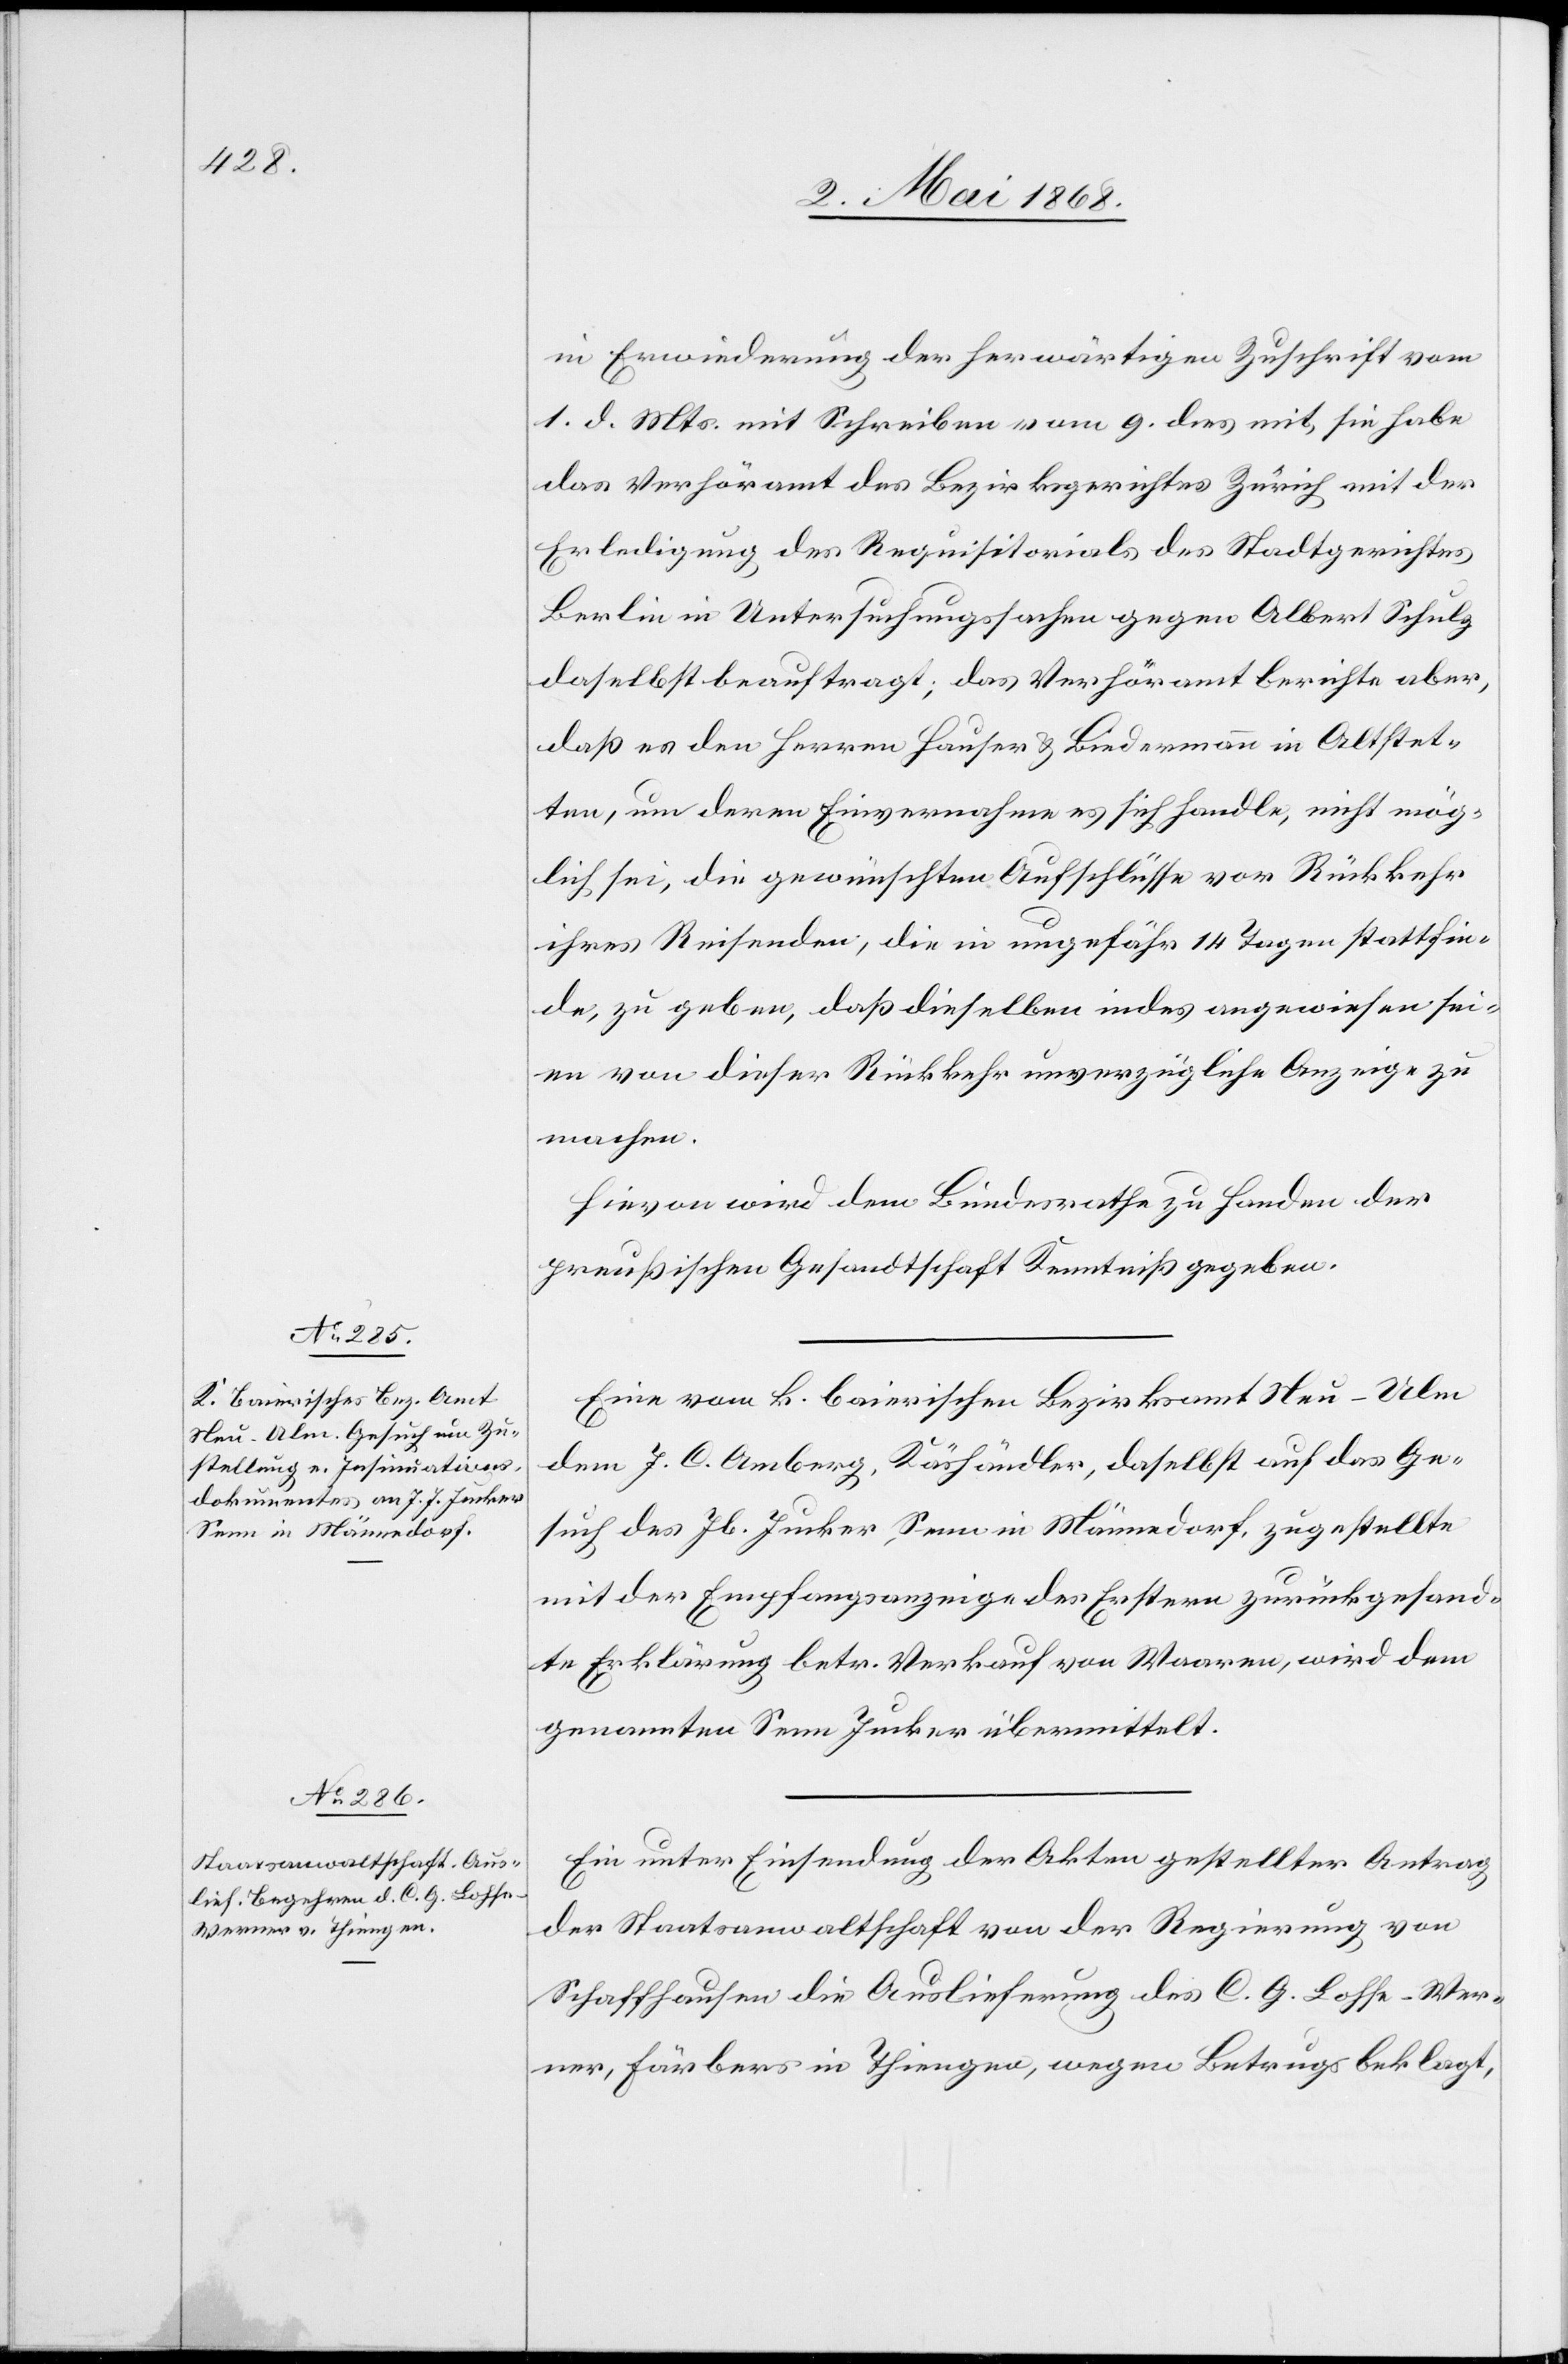
11. Mai 1868.]
in Erwiederung der herwärtigen Zuschrift vom
1. d. Mts. mit Schreiben vom 9. dies mit, sie habe
das Verhöramt des Bezirksgerichtes Zürich mit der
Erledigung des Requisitorials des Stadtgerichtes
Berlin in Untersuchungssachen gegen Albert Schulz
daselbst beauftragt; das Verhöramt berichte aber,
daß es den Herren Hauser & Biedermann in Altstet¬
ten, um deren Einvernahme es sich handle, nicht mög¬
lich sei, die gewünschten Aufschlüsse vor Rückkehr
ihres Reisenden, die in ungefähr 14 Tagen stattfin¬
de, zu geben, daß dieselben indes angewiesen sei¬
en von dieser Rückkehr unverzügliche Anzeige zu
machen.
Hievon wird dem Bundesrathe zu Handen der
preußischen Gesandtschaft Kenntniß gegeben.
Eine vom k. baierischen Bezirksamt Neu-Ulm
dem J. C. Amberg, Käshändler, daselbst auf das Ge¬
such des Jb. Jucker, Senn in Männedorf, zugestellte
mit der Empfangsanzeige des Erstern zurückgesand¬
te Erklärung betr. Verkauf von Waaren, wird dem
genannten Senn Jucker übermittelt.
Ein unter Einsendung der Akten gestellter Antrag
der Staatsanwaltschaft von der Regierung von
Schaffhausen die Auslieferung des C. G. Lohse-Wer¬
ner, Färbers in Thiengen, wegen Betrugs beklagt,